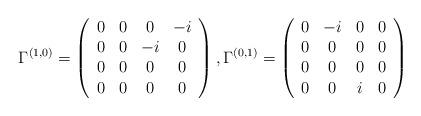
LaTeX: \begin{align*}\Gamma^{(1,0)}=\left(\begin{array}{cccc} 0&0&0&-i\\0&0&-i&0\\0&0&0&0\\0&0&0&0 \end{array}\right), \Gamma^{(0,1)}=\left(\begin{array}{cccc} 0&-i&0&0\\0&0&0&0\\0&0&0&0\\0&0&i&0 \end{array}\right)\end{align*}